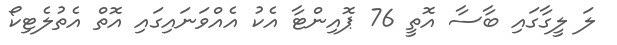
ލަ ލީގާގައި ބާސާ އޮތީ 76 ޕޮއިންޓާ އެކު އެއްވަނައިގައި އޮތް އެތުލެޓިކޯ